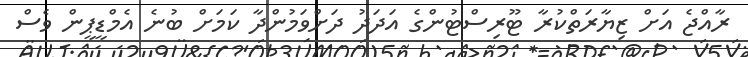
ރާއްޖެ އަށް ޒިޔާރަތްކުރާ ޓޫރިސްޓުންގެ އަދަދު ދަށްވަމުންދާ ކަމަށް ބުނެ އެމްޑީޕީން ވެސް